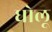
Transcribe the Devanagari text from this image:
धोलू